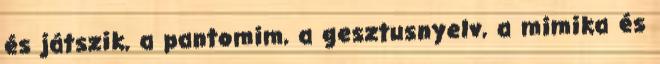
és játszik, a pantomim, a gesztusnyelv, a mimika és